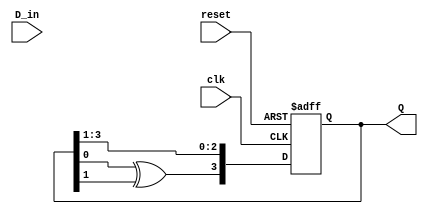
module feedback_register (
    input wire clk,            // Clock input
    input wire reset,          // Reset input
    input wire D_in,           // Data input
    output reg [N-1:0] Q       // Output register
);

// Parameter to define the size of the register
parameter N = 4; // Number of bits in the register

// Internal signal for feedback
wire feedback;

// Feedback logic (can be adjusted based on requirements)
assign feedback = Q[0] ^ Q[1]; // Example: XOR of the first two bits

// Sequential logic for the feedback register
always @(posedge clk or posedge reset) begin
    if (reset) begin
        Q <= {N{1'b0}}; // Reset all bits to 0
    end else begin
        // Shift operation with feedback
        Q <= {feedback, Q[N-1:1]}; // Shift and insert feedback at MSB
    end
end

endmodule